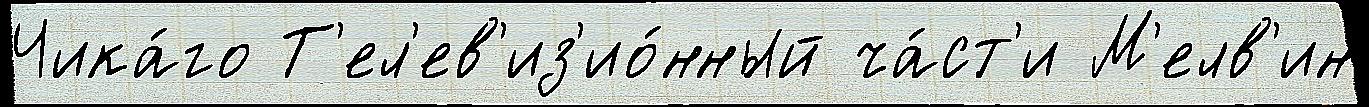
Чика́го Т'ел'ев'из'ио́нный ча́ст'и М'елв'ин